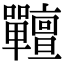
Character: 𡆎